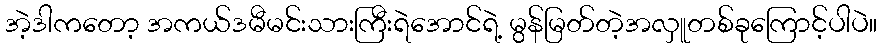
အဲ့ဒါကတော့ အကယ်ဒမီမင်းသားကြီးရဲအောင်ရဲ့ မွန်မြတ်တဲ့အလှူတစ်ခုကြောင့်ပါပဲ။